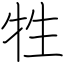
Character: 牲